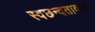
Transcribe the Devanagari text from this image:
स्वछन्दतावाद